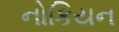
નોકિયન